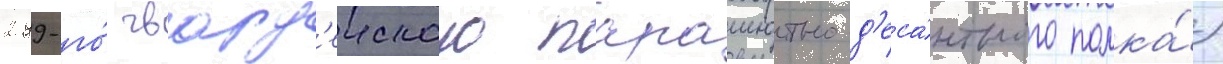
299-го́ гвард'еиского парашютно-д'еса́нтного полка́)